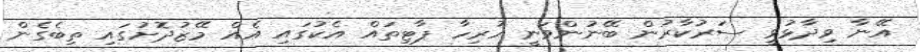
އޭނާ ވިދާޅުވީ ސަރުކާރުން ބޭނުންވަނީ ހުރިހާ ޕާޓިތައް އެކުގައި އެއް މޭޒުދޮށުގައި ތިބެގެން